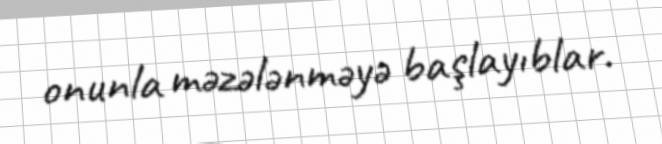
onunla məzələnməyə başlayıblar.